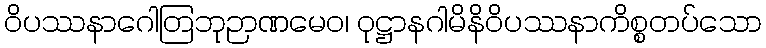
ဝိပဿနာဂေါတြဘုဉာဏမေဝ၊ ဝုဋ္ဌာနဂါမိနိဝိပဿနာကိစ္စတပ်သော